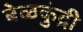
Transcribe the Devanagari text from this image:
बेळकुंद्री